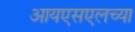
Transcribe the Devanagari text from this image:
आयएसएलच्या